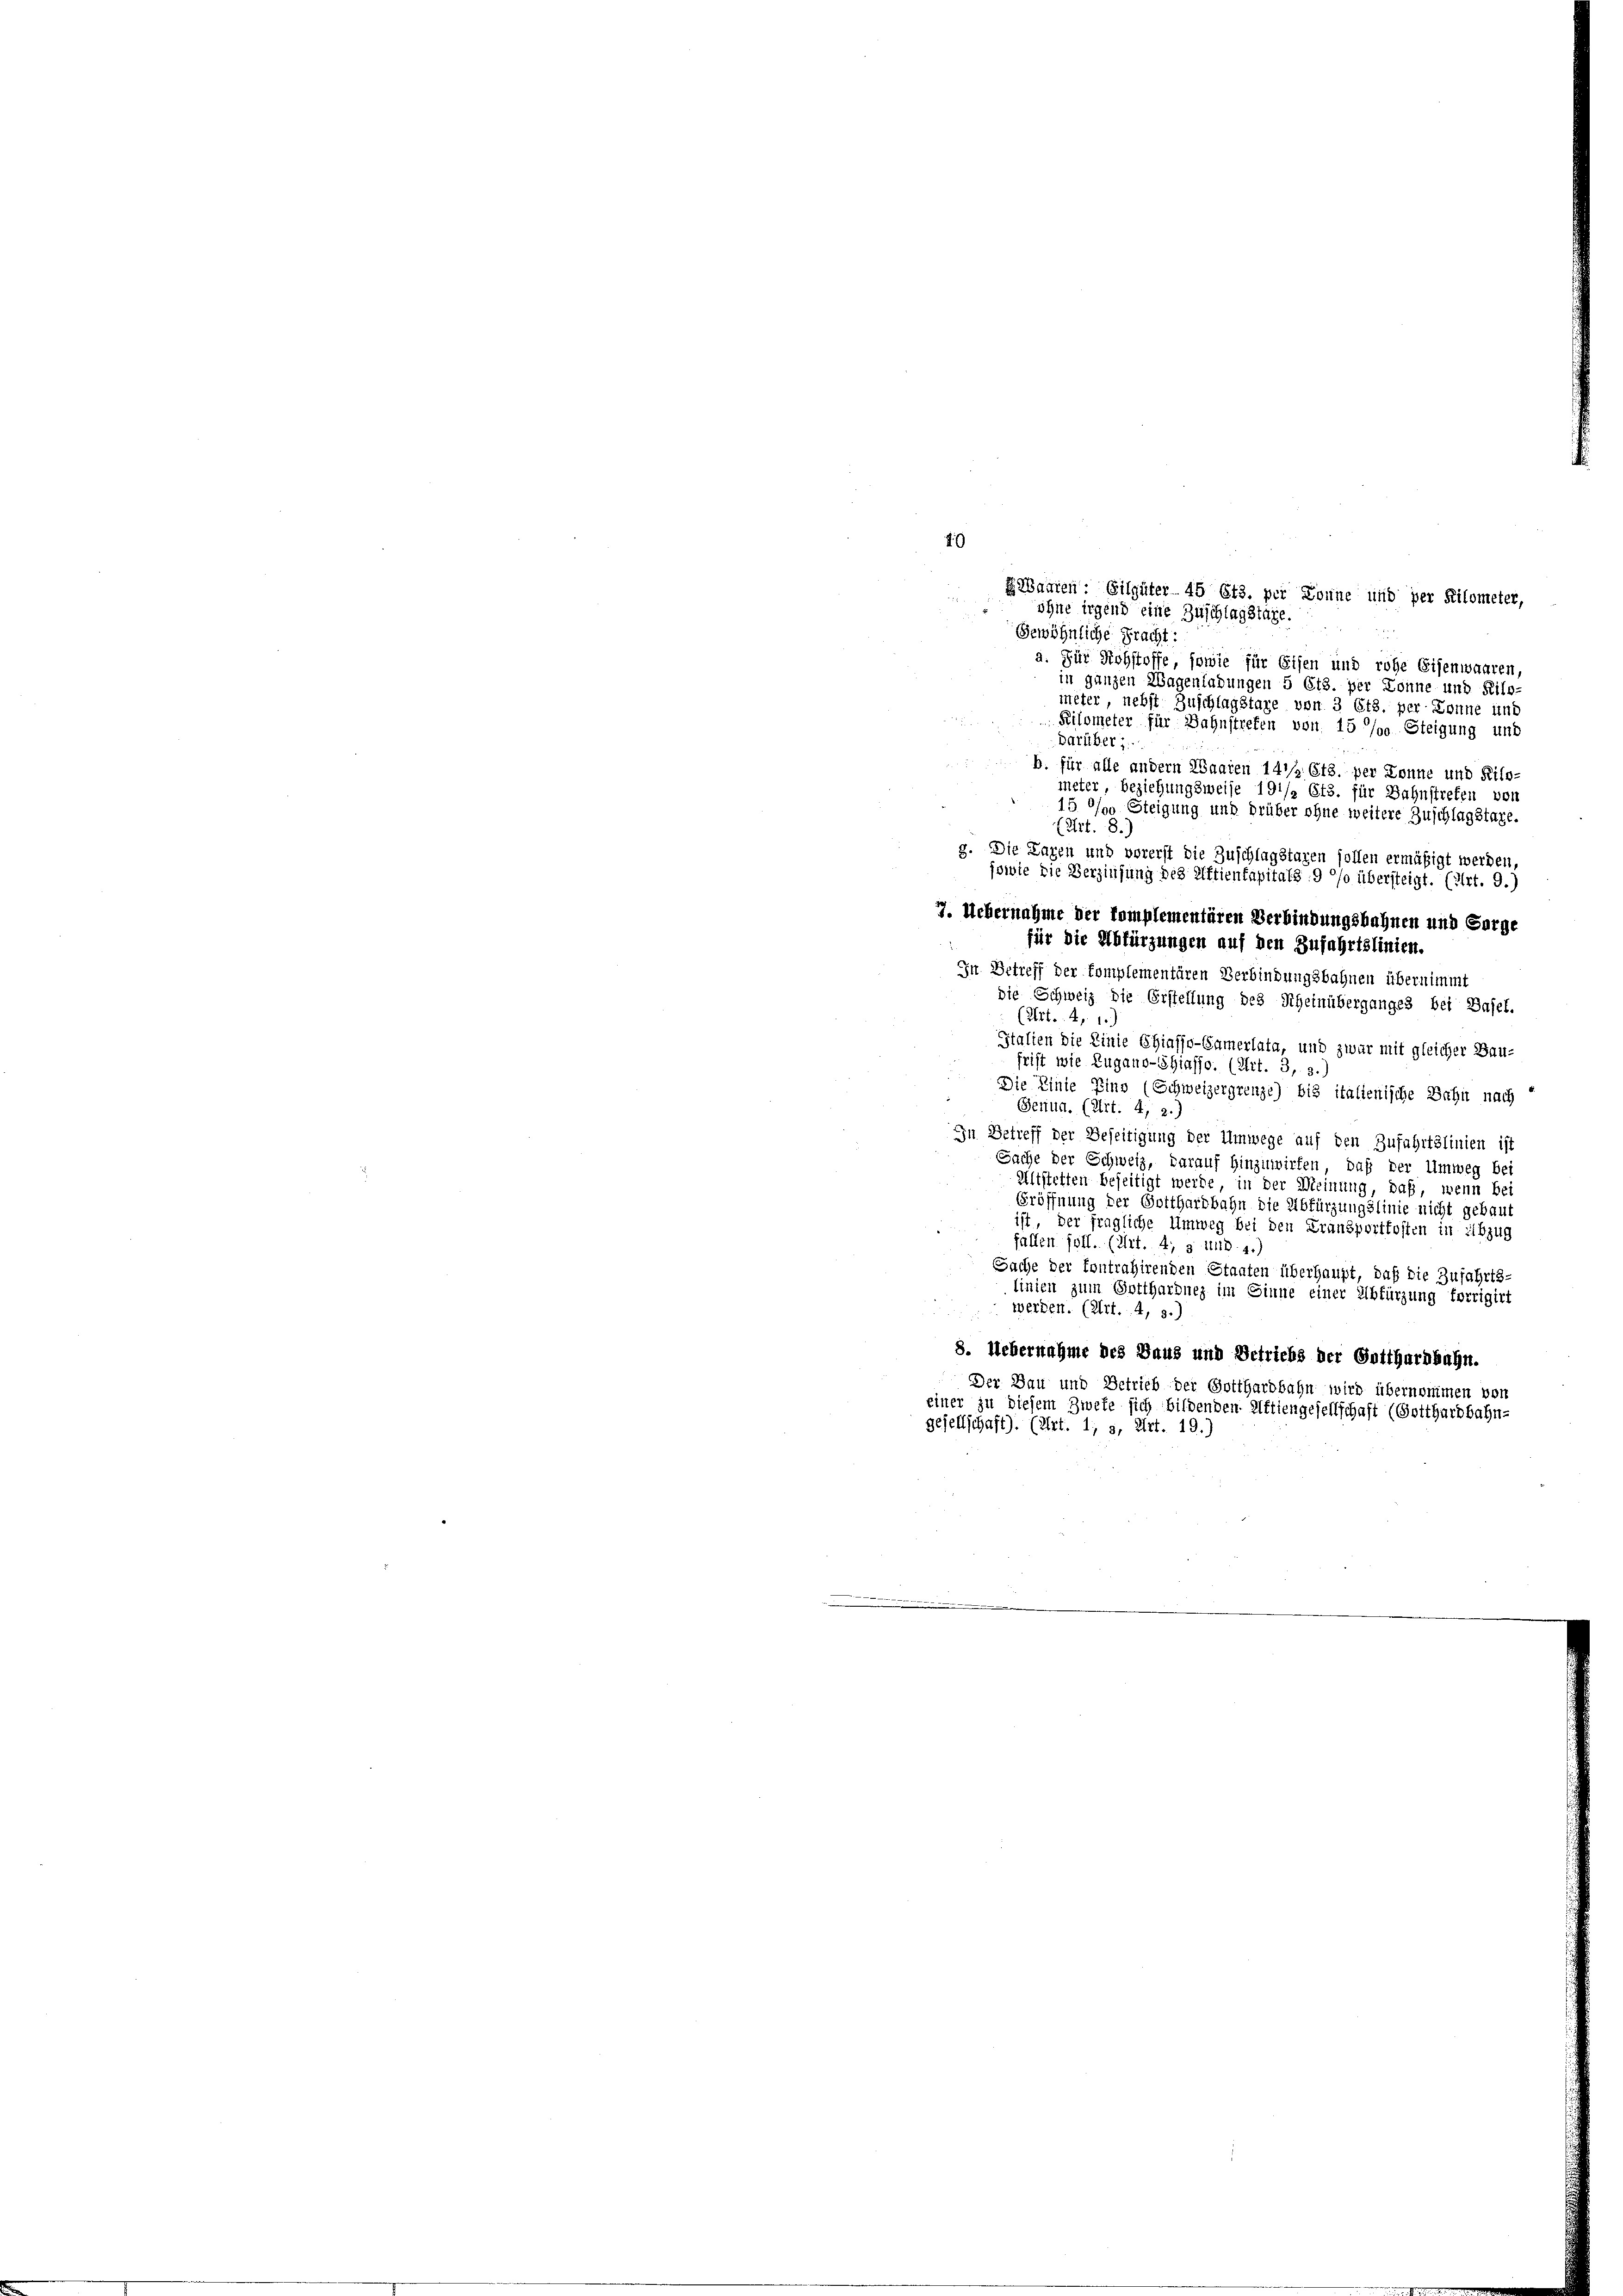
die Schweiz die Erstellung des Scheinüberganges bei Basel.
(Art. 4, 1.)
Italien die Linie Chiasso-Samerlata, und zwar mit gleicher Bau-
frift wie Zugano-Shiasso. (Art. 3, 3.)
Die Linie Zins (Schweizergrenze) bis italienische Bahn nach
Genua. (Art. 4, 2.)
In Betreff der Beseitigung der Umwege auf den Zufahrtslinien ist
Sache der Schweiz, darauf hinzinvirten, daß der Umweg bei
Altstetten beseitigt werde, in der Meinung, daß, wenn bei
Eröffnung der Gotthardbahn die Abfürzungslinie nicht gebaut
ist, der fragliche Umweg bei den Fransportkosten in Abzug
fallen soll. (Art. 4, 3 und 4.)
Sache der Contrahirenden Staaten überhaupt, daß die Zufahrts-
linien zum Gotthardnez im Sinne einer Abfürzung forrigirt
werden. (Art. 4, 3.)
8. Uebernahme des Haus und Betriebs der Grithurnbahn.
Der Bau und Betrieb der Gotthardbahn wird übernommen vor
einer zu diesem Zwete sich bildenden Attiengesellschaft (Gotthardbahn-
gesellschaft). (Art. 1; s, Art. 19.)

49
Gebauten: Eilgüter 45 Cts. per Tonne und per Kilometer,
ohne irgend eine Zuschlagstage.
Gewöhnliche Pracht:
a. Für Rohstoffe, sowie für Eisen und rohe Eisenwaaren,
in ganzen Wagenladungen 5 Cts. per Donne und Kilo-
mêter, nebst Zuschlagstage von 3 Cts. per Donne und
Pilometer für Bahnstreten von 15 % Steigung und
darüber
b. für alle andern Waaren 141/2. 613. per Donne und Kilo-
meter, beziehungsweise 191/2 Cts. für Bahnstreten von
15 % Steigung und drüber ohne weitere Zuschlagstage.
(Art. 8.
g. Die Lagen und vorerst die Zuschlagstagen sollen ermäßigt werden,
jowie die Verzinsung des Plftienkapitals 9 °/o übersteigt. (Art. 9.)
7. Uebernahme der komplementären Verbindungsbahnen und Sorge
für die Abfürzungen auf den Zufahrtslinien.
In Betreff der komplementären Verbindungsbahnen übernimmt